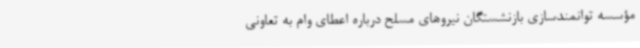
مؤسسه توانمندسازی بازنشستگان نیروهای مسلح درباره اعطای وام به تعاونی